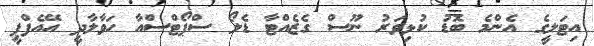
އިޓަލީގެ އެންމެ ބޮޑު ކުޅިވަރު ނޫސް ގެޒެއްޓާ ޑެލޯ ސްޕޯޓްސްއާ ހަވާލާދީ އޭއެފްޕީ